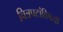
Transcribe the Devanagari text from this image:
चित्रपटांविषयी